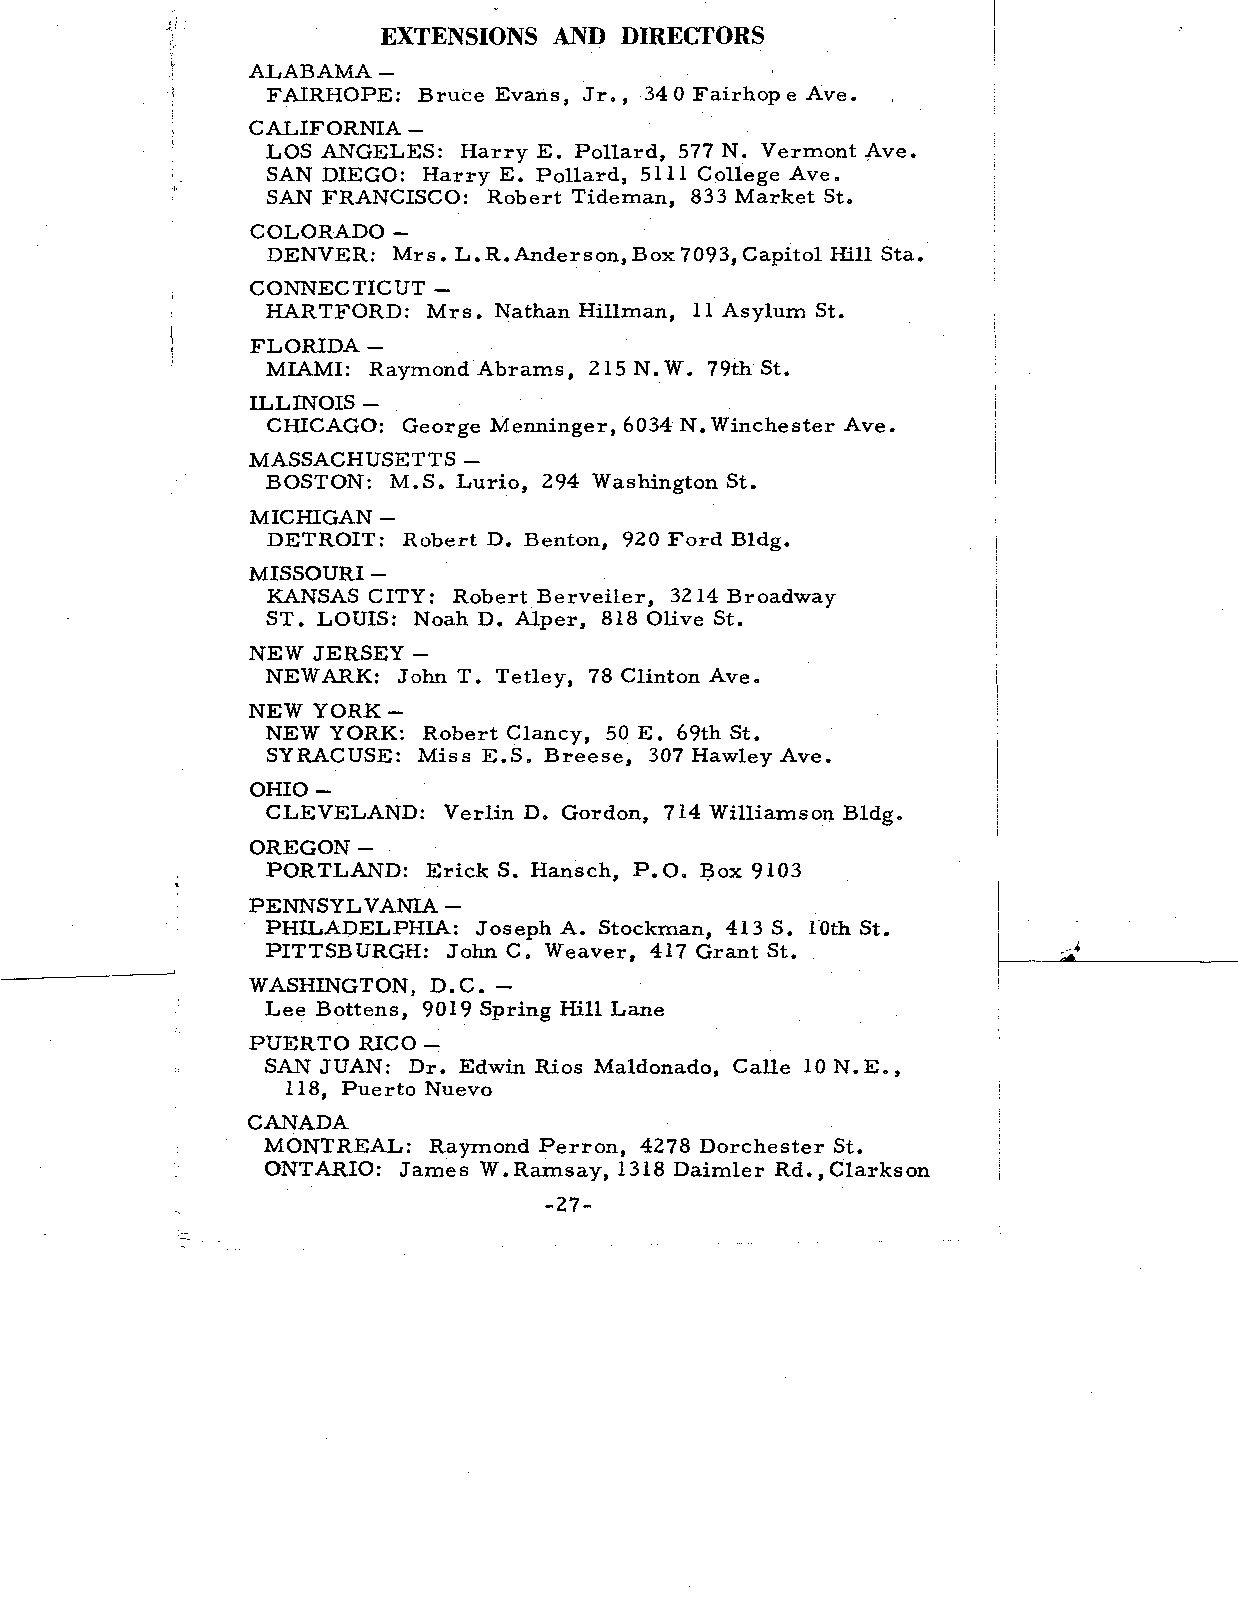
EXTENSIONS AND  DIRECTORS
 ALABAMA  —
 FAIRHOPE: Bruce Evans, Jr., 340 Fairhop e Ave.
 CALIFORNIA -
 LOS ANGELES: Harry E. Pollard, 577 N. Vermont Ave.
 SAN DIEGO: Harry E. Pollard, 5111 College Ave.
 SAN FRANCISCO: Robert Tideman, 833 Market St.
 COLORADO -
 DENVER: Mrs. L.R.Anderson, Box 7093, Capitol Hill Sta.
 CONNECTICUT -
 HARTFORD:  Mrs. Nathan Hillman, 11 Asylum St.
 FLORIDA—
 MIAMI: Raymond Abrams, 215 N. W. 79th St.
 ILLINOIS -
 CHICAGO: George Menninger, 6034 N.Winchester Ave.
 MASSACHUSETTS -
 BOSTON: M.S. Lurio, 294 Washington St.
 MICHIGAN -
 DETROIT: Robert D. Benton, 920 Ford Bldg.
 MISSOURI -
 KANSAS CITY: Robert Berveiler, 3214 Broadway
 ST. LOUIS: Noah D. Alper, 818 Olive St.
 NEW JERSEY -
 NEWARK:  John T. Tetley, 78 Clinton Ave.
 NEW YORK -
 NEW YORK: Robert Clancy, 50 E. 69th St.
 SYRACUSE: Miss E.S. Breese, 307 Hawley Ave.
 OHIO -
 CLEVELAND:  Verlin D. Gordon, 714 Williamson Bldg.
 OREGON -
 PORTLAND:  Erick S. Hansch, P.O. Box 9103
 PENNSYLVANIA—
 PHILADELPHIA: Joseph A. Stockman, 413 S. 10th St.
 PITTSBURGH: John C. Weaver, 417 Grant St.
 WASHINGTON,  D.C. -
 Lee Bottens, 9019 Spring Hill Lane
 PUERTO  RICO -
 SAN JUAN: Dr. Edwin Rios Maldonado, Calle ION. E.,
 118, Puerto Nuevo
 CANADA
 MONTREAL:  Raymond Perron, 4278 Dorchester St.
 ONTARIO: James W.Ramsay, 1318 Daimler Rd., Clarkson
 -27-